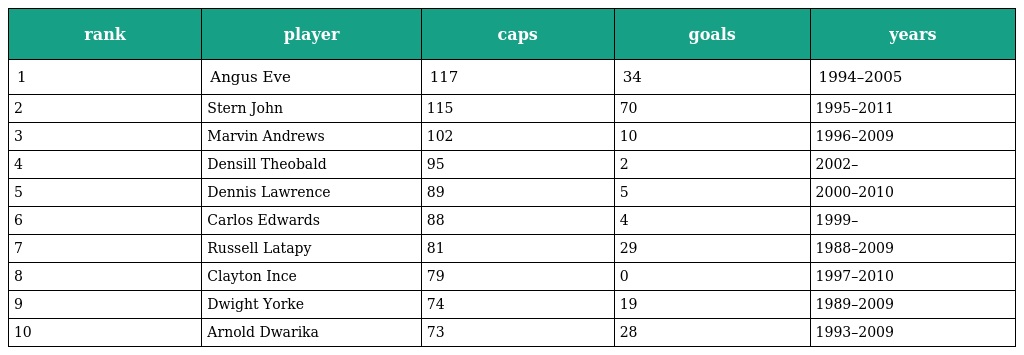
| rank | player | caps | goals | years |
 | --- | --- | --- | --- | --- |
 | 1 | Angus Eve | 117 | 34 | 1994–2005 |
 | 2 | Stern John | 115 | 70 | 1995–2011 |
 | 3 | Marvin Andrews | 102 | 10 | 1996–2009 |
 | 4 | Densill Theobald | 95 | 2 | 2002– |
 | 5 | Dennis Lawrence | 89 | 5 | 2000–2010 |
 | 6 | Carlos Edwards | 88 | 4 | 1999– |
 | 7 | Russell Latapy | 81 | 29 | 1988–2009 |
 | 8 | Clayton Ince | 79 | 0 | 1997–2010 |
 | 9 | Dwight Yorke | 74 | 19 | 1989–2009 |
 | 10 | Arnold Dwarika | 73 | 28 | 1993–2009 |